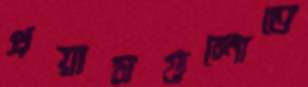
প্রয়াসগুলোতে